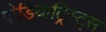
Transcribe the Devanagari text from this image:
पोडियाट्रिस्ट्स